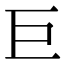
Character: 巨